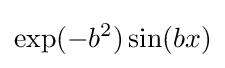
\exp(-b^{2})\sin(bx)